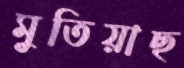
মুতিয়াছ